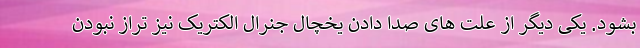
بشود. یکی دیگر از علت های صدا دادن یخچال جنرال الکتریک نیز تراز نبودن